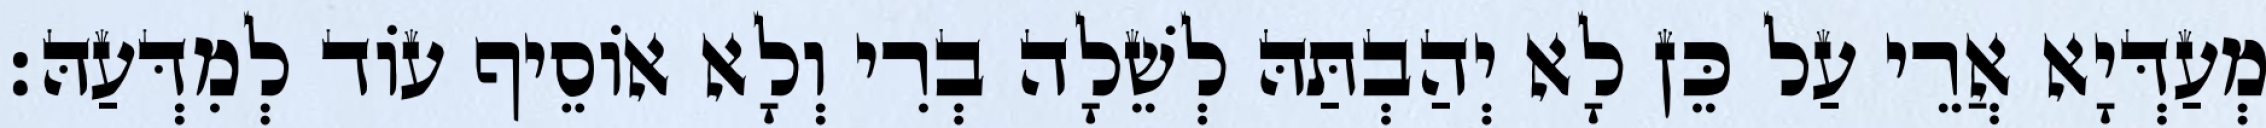
מְעַדְּיָא אֲרֵי עַל כֵּן לָא יְהַבְתַּהּ לְשֵׁלָה בְרִי וְלָא אוֹסֵיף עוֹד לְמִדְּעַהּ׃